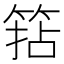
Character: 𥮠